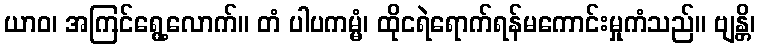
ယာဝ၊ အကြင်ရွေ့လောက်။ တံ ပါပကမ္မံ၊ ထိုငရဲရောက်ရန်မကောင်းမှုကံသည်။ ဗျန္တိ၊